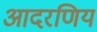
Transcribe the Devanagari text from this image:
आदरणिय